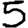
Digit: 5